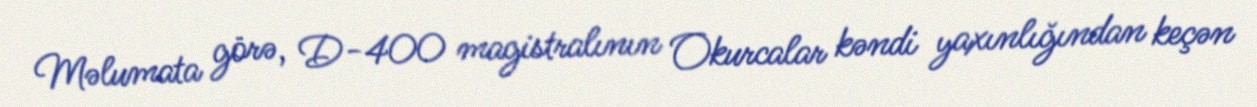
Məlumata görə, D-400 magistralının Okurcalar kəndi yaxınlığından keçən